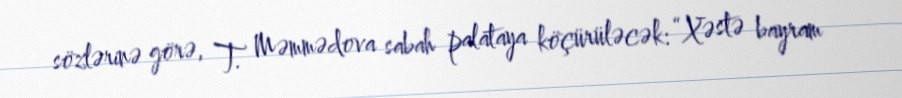
sözlərinə görə, T. Məmmədova sabah palataya köçürüləcək: “Xəstə bayram